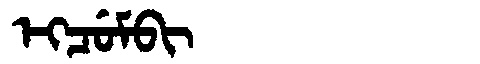
Manchu: ᡝᡴᠴᡠᠮᠪᡳ
Romanization: EKCUMBI